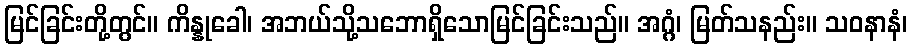
မြင်ခြင်းတို့တွင်။ ကိန္နုခေါ၊ အဘယ်သို့သဘောရှိသောမြင်ခြင်းသည်။ အဂ္ဂံ၊ မြတ်သနည်း။ သဝနာနံ၊